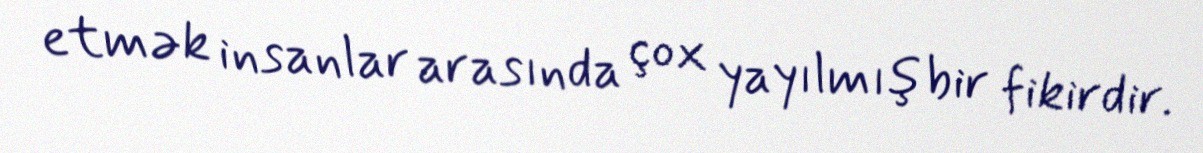
etmək insanlar arasında çox yayılmış bir fikirdir.